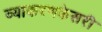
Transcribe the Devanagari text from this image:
व्याकरणकेसरी